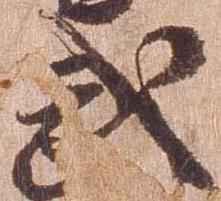
武